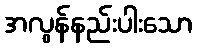
အလွန်နည်းပါးသော